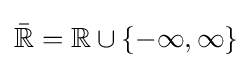
{\bar {\mathbb {R} }}=\mathbb {R} \cup \{-\infty ,\infty \}